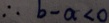
\therefore b - a < 0